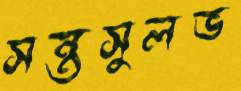
সন্তসুলভ